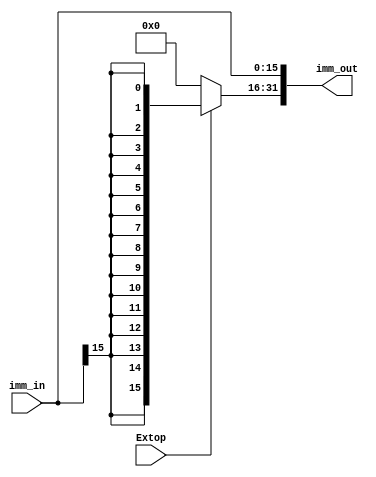
module extend16to32 #(parameter a = 16,b = 32)(input[a-1:0] imm_in,output[b-1:0] imm_out,input Extop); //1632

    wire[b-a-1:0] ex_sign;
    assign ex_sign=(Extop==0)?16'h0000:{16{imm_in[a-1]}};
    assign imm_out={ex_sign,imm_in};

endmodule

module signext #(parameter before = 16,after = 30)(input [before - 1:0] x,output [after - 1:0] y); //NPC

    assign y = {{after-before{x[before - 1]}},x};

endmodule